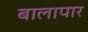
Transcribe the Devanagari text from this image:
बालापार